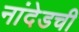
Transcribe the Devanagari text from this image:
नांदेडची